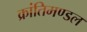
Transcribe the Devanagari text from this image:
क्रांतिमण्डल